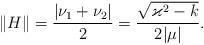
LaTeX: \begin{align*} \Vert H \Vert = \displaystyle{ \frac{|\nu_1 + \nu_2|}{2} = \frac{\sqrt{\varkappa^2-k}}{2 |\mu |}}.\end{align*}